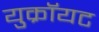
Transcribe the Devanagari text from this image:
युक्रॉयट